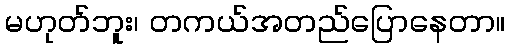
မဟုတ်ဘူး၊ တကယ်အတည်ပြောနေတာ။